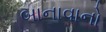
બાનાવાનો